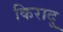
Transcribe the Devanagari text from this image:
किरादू